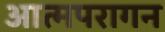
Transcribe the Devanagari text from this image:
आत्मपरागन